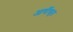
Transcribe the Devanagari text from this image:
आर्यीकृत